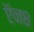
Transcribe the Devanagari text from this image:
ऍन८